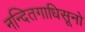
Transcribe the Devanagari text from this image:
नन्दितगाधिसूनो